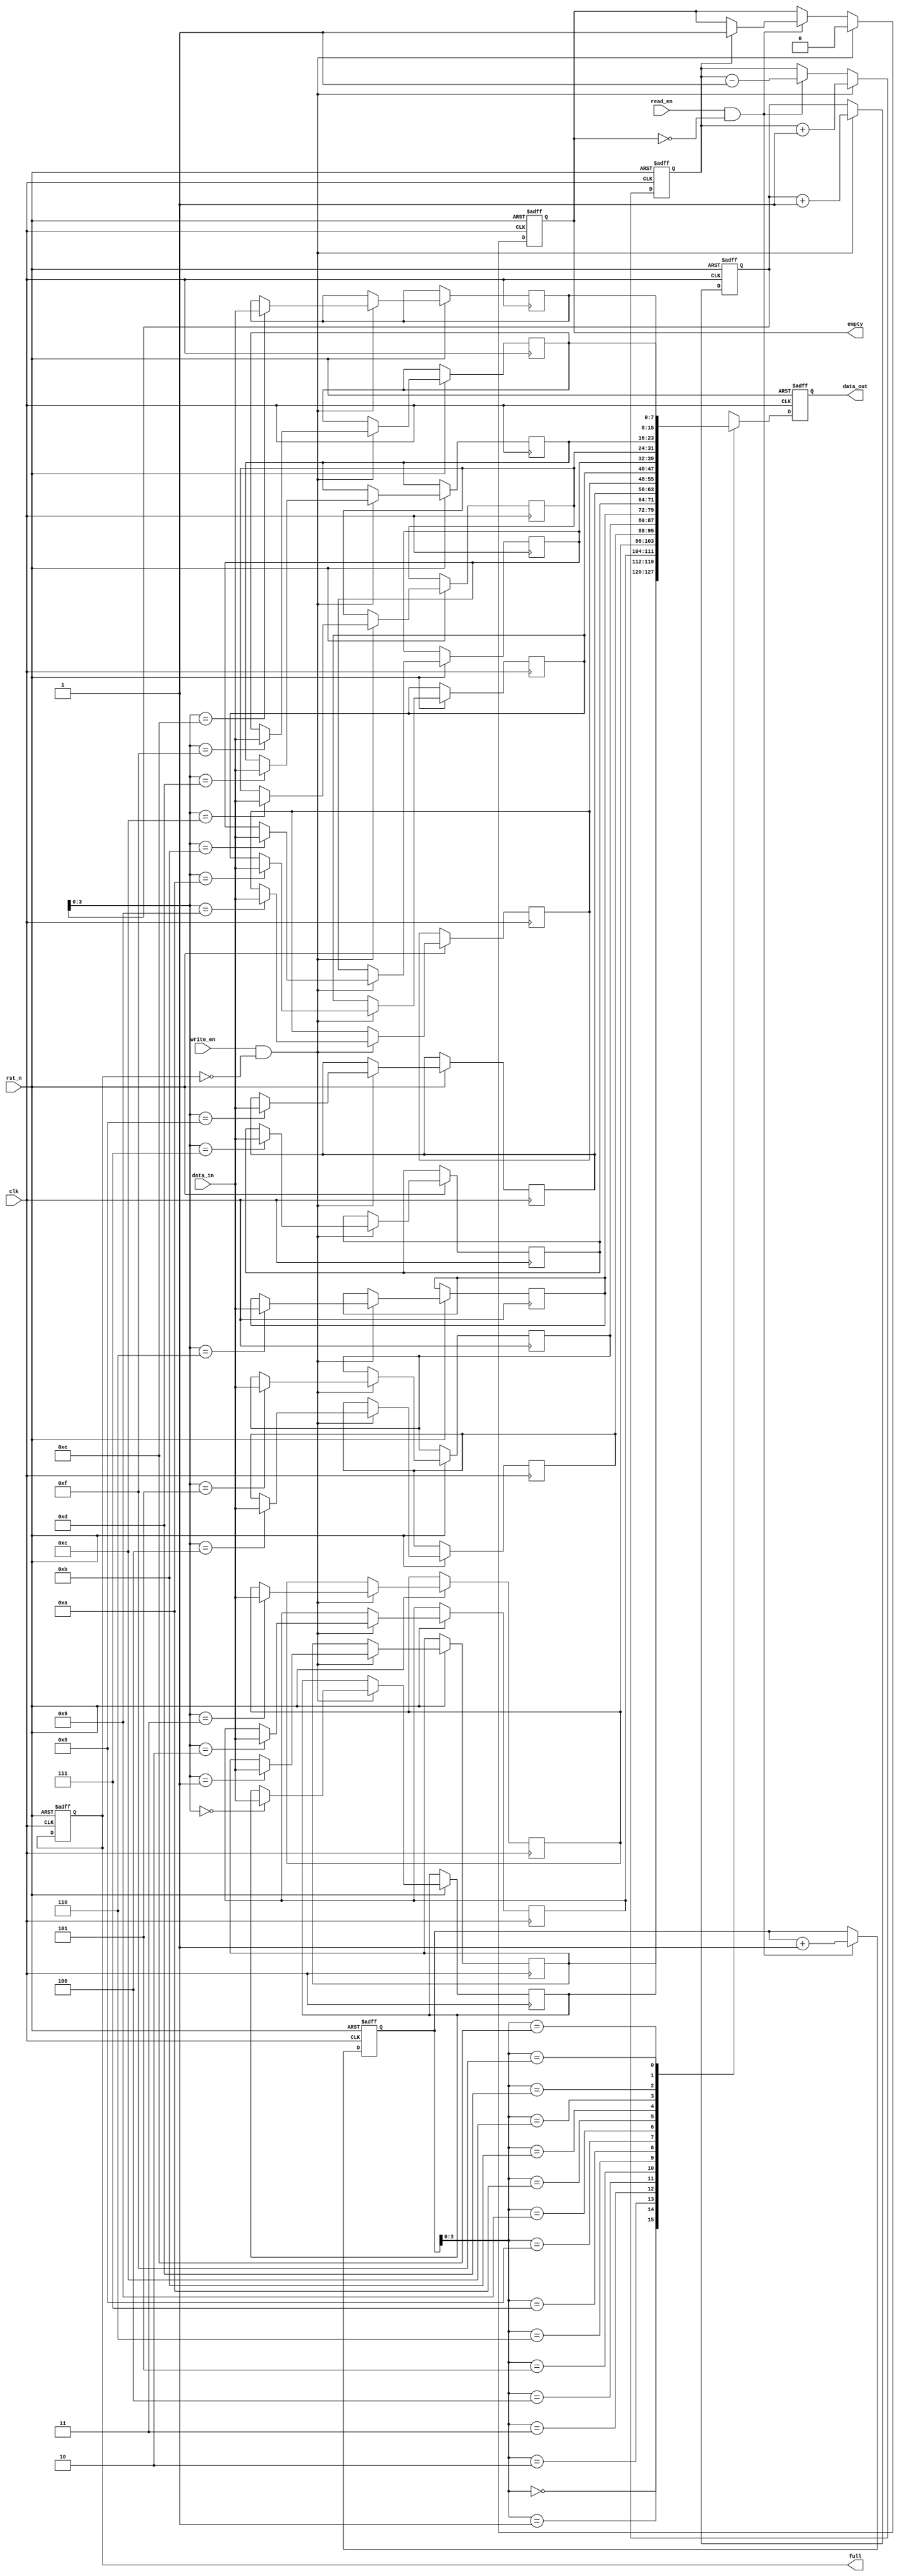
module CircularFIFO (
  input wire clk,         // Clock signal
  input wire rst_n,       // Active low reset signal
  input wire write_en,    // Write enable signal
  input wire read_en,     // Read enable signal
  input wire [DATA_WIDTH-1:0] data_in, // Data input
  output reg [DATA_WIDTH-1:0] data_out, // Data output
  output reg full,        // FIFO full flag
  output reg empty        // FIFO empty flag
);

parameter FIFO_DEPTH = 16;  // Depth of the FIFO
parameter DATA_WIDTH = 8;    // Width of the data

reg [(DATA_WIDTH-1):0] mem [0:FIFO_DEPTH-1]; // Memory block for storing data
reg [DATA_WIDTH-1:0] read_ptr = 4'h0;        // Read pointer
reg [DATA_WIDTH-1:0] write_ptr = 4'h0;       // Write pointer
reg count = 4'h0;                            // Count of valid data in FIFO

always @(posedge clk or negedge rst_n) begin
  if (~rst_n) begin
    read_ptr <= 4'h0;
    write_ptr <= 4'h0;
    count <= 4'h0;
    full <= 1'b0;
    empty <= 1'b1;
    data_out <= 8'h0;
  end else begin
    // Update read pointer
    if (read_en && ~empty) begin
      read_ptr <= read_ptr + 1;
      count <= count - 1;
      if (count == 1) begin
        empty <= 1'b1;
      end
    end
    // Update write pointer
    if (write_en && ~full) begin
      write_ptr <= write_ptr + 1;
      count <= count + 1;
      if (count == (FIFO_DEPTH-1)) begin
        full <= 1'b1;
      end
      empty <= 1'b0;
      mem[write_ptr] <= data_in;
    end
    // Read data from the FIFO
    data_out <= mem[read_ptr];
  end
end

endmodule